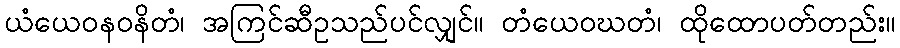
ယံယေဝနဝနိတံ၊ အကြင်ဆီဥသည်ပင်လျှင်။ တံယေဝဃတံ၊ ထိုထောပတ်တည်း။